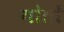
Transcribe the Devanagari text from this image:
गोतों